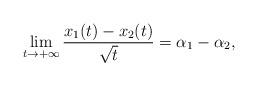
LaTeX: \begin{align*}\lim_{t\rightarrow+\infty}\frac{x_1(t)-x_2(t)}{\sqrt{t}}=\alpha_1-\alpha_2,\end{align*}